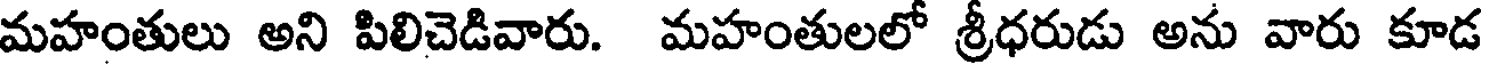
మహంతులు అని పిలిచెడివారు. మహంతులలో శ్రీధరుడు అను వారు కూడ